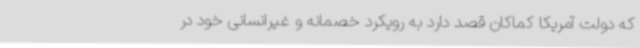
که دولت آمریکا کماکان قصد دارد به رویکرد خصمانه و غیرانسانی خود در